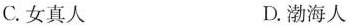
C.女真人 D.渤海人